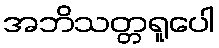
အဘိသတ္တရူပေါ